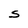
Character: S